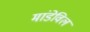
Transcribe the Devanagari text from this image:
मांडेविल